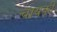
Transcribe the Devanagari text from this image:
चायकी